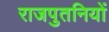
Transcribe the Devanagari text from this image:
राजपुतनियों